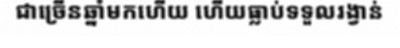
ជាច្រើនឆ្នាំមកហើយ ហើយធ្លាប់ទទួលរង្វាន់